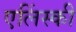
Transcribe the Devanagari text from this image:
एलिंस्की